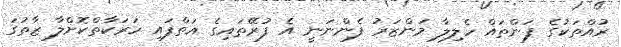
ރުއްތަކުގެ ފަންތައް ހެލިލާ މަންޒަރު ފެންނަނީ އެ ފުރޭތައިގެ އަތްފައި ހަރަކާތްކޮށްލާ ޒާތުގަ